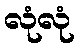
လုံလုံ